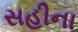
સહીના